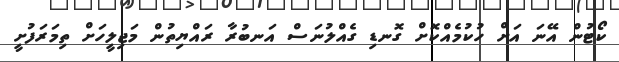
ކޯޓުން އޭނަ އަށް ހުކުމެއްކޮށް ގޮނޑި ގެއްލުނަސް އަނބުރާ ރައްޔިތުން މަޖިލީހަށް ތިމަރަފުށީ